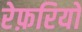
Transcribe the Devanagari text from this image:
रेफ़रियों